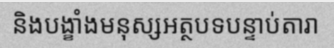
និងបង្ខាំងមនុស្សអត្ថបទបន្ទាប់តារា